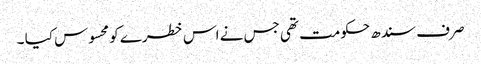
صر ف سندھ حکومت تھی جس نے اس خطرے کو محسوس کیا ۔